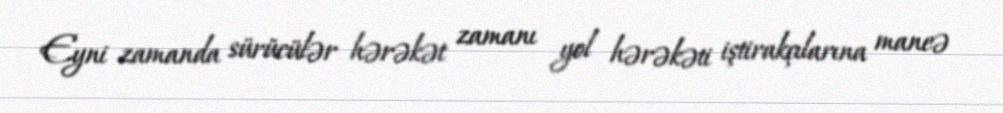
Eyni zamanda sürücülər hərəkət zamanı yol hərəkəti iştirakçılarına maneə